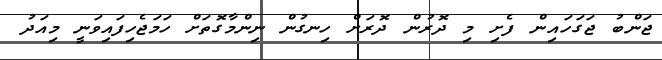
ޖަންބު ޖަގަހައިން ފެށި މި ދޮރުން ދޮރަށް ހިނގުން ނިންމާގޮތަށް ހަމަޖެހިފައިވަނީ މިއަދު